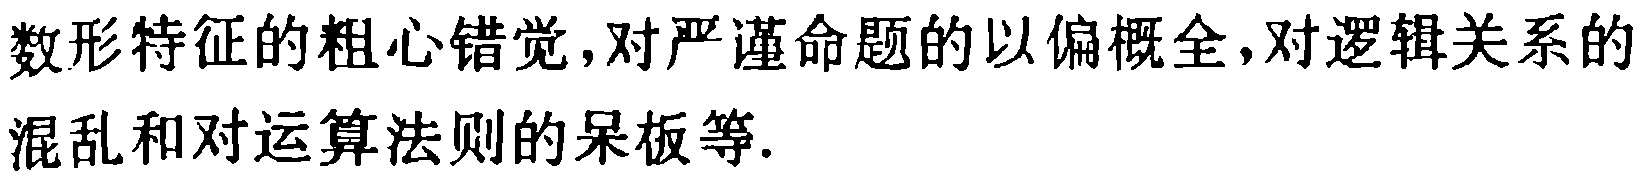
数形特征的粗心错觉,对严谨命题的以偏概全,对逻辑关系的混乱和对运算法则的呆板等.